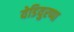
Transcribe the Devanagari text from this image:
येडियुरप्पा